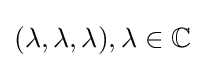
(\lambda ,\lambda ,\lambda ),\lambda \in \mathbb {C}